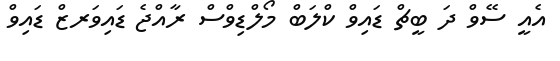
އެއީ ސޭވް ދަ ބީޗް ޑައިވް ކްލަބް މޯލްޑިވްސް ރާއްޖެ ޑައިވަރޒް ޑައިވް